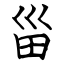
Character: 甾